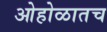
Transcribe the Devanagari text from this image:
ओहोळातच